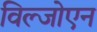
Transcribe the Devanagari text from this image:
विल्जोएन